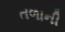
તળાની